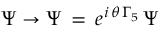
\Psi \rightarrow \Psi \, = \, e ^ { i \, \theta \, \Gamma _ { 5 } } \, \Psi